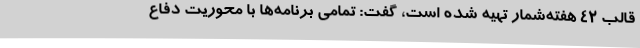
قالب 42 هفته‌شمار تهیه شده است، گفت: تمامی برنامه‌ها با محوریت دفاع